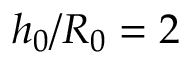
h _ { 0 } / R _ { 0 } = 2